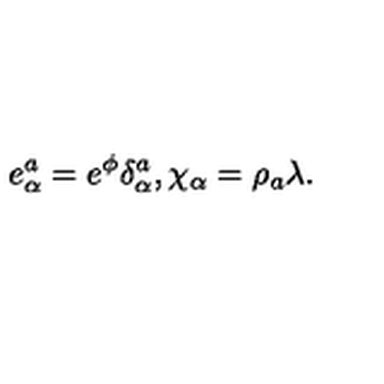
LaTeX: e _ { \alpha } ^ { a } = e ^ { \phi } \delta _ { \alpha } ^ { a } , \chi _ { \alpha } = \rho _ { a } \lambda .